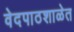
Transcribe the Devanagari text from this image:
वेदपाठशाळेत